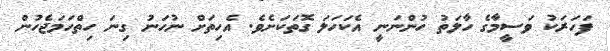
ފަހަރަކު ވަސީމާގެ ހާލަތު ހުންނަނީ އެކަހަލަ ގޮތަކަށެވެ. އެހިތަަށް ނުހަނު ގިނަ ހިތްހަމަޖެހުން